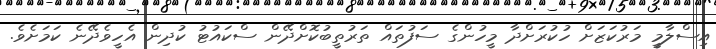
އިސްލާމީ މަރުކަޒަށް ހުކުރަށްދާ މީހުންގެ ސަފުތައް ތަރުތީބުކޮށްދޭން ސްކައުޓު ކުދިން އެހީވެދޭނެ ކަމަށެވެ.